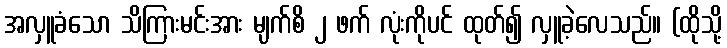
အလှူခံသော သိကြားမင်းအား မျက်စိ ၂ ဖက် လုံးကိုပင် ထုတ်၍ လှူခဲ့လေသည်။ (ထိုသို့